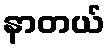
နာတယ်